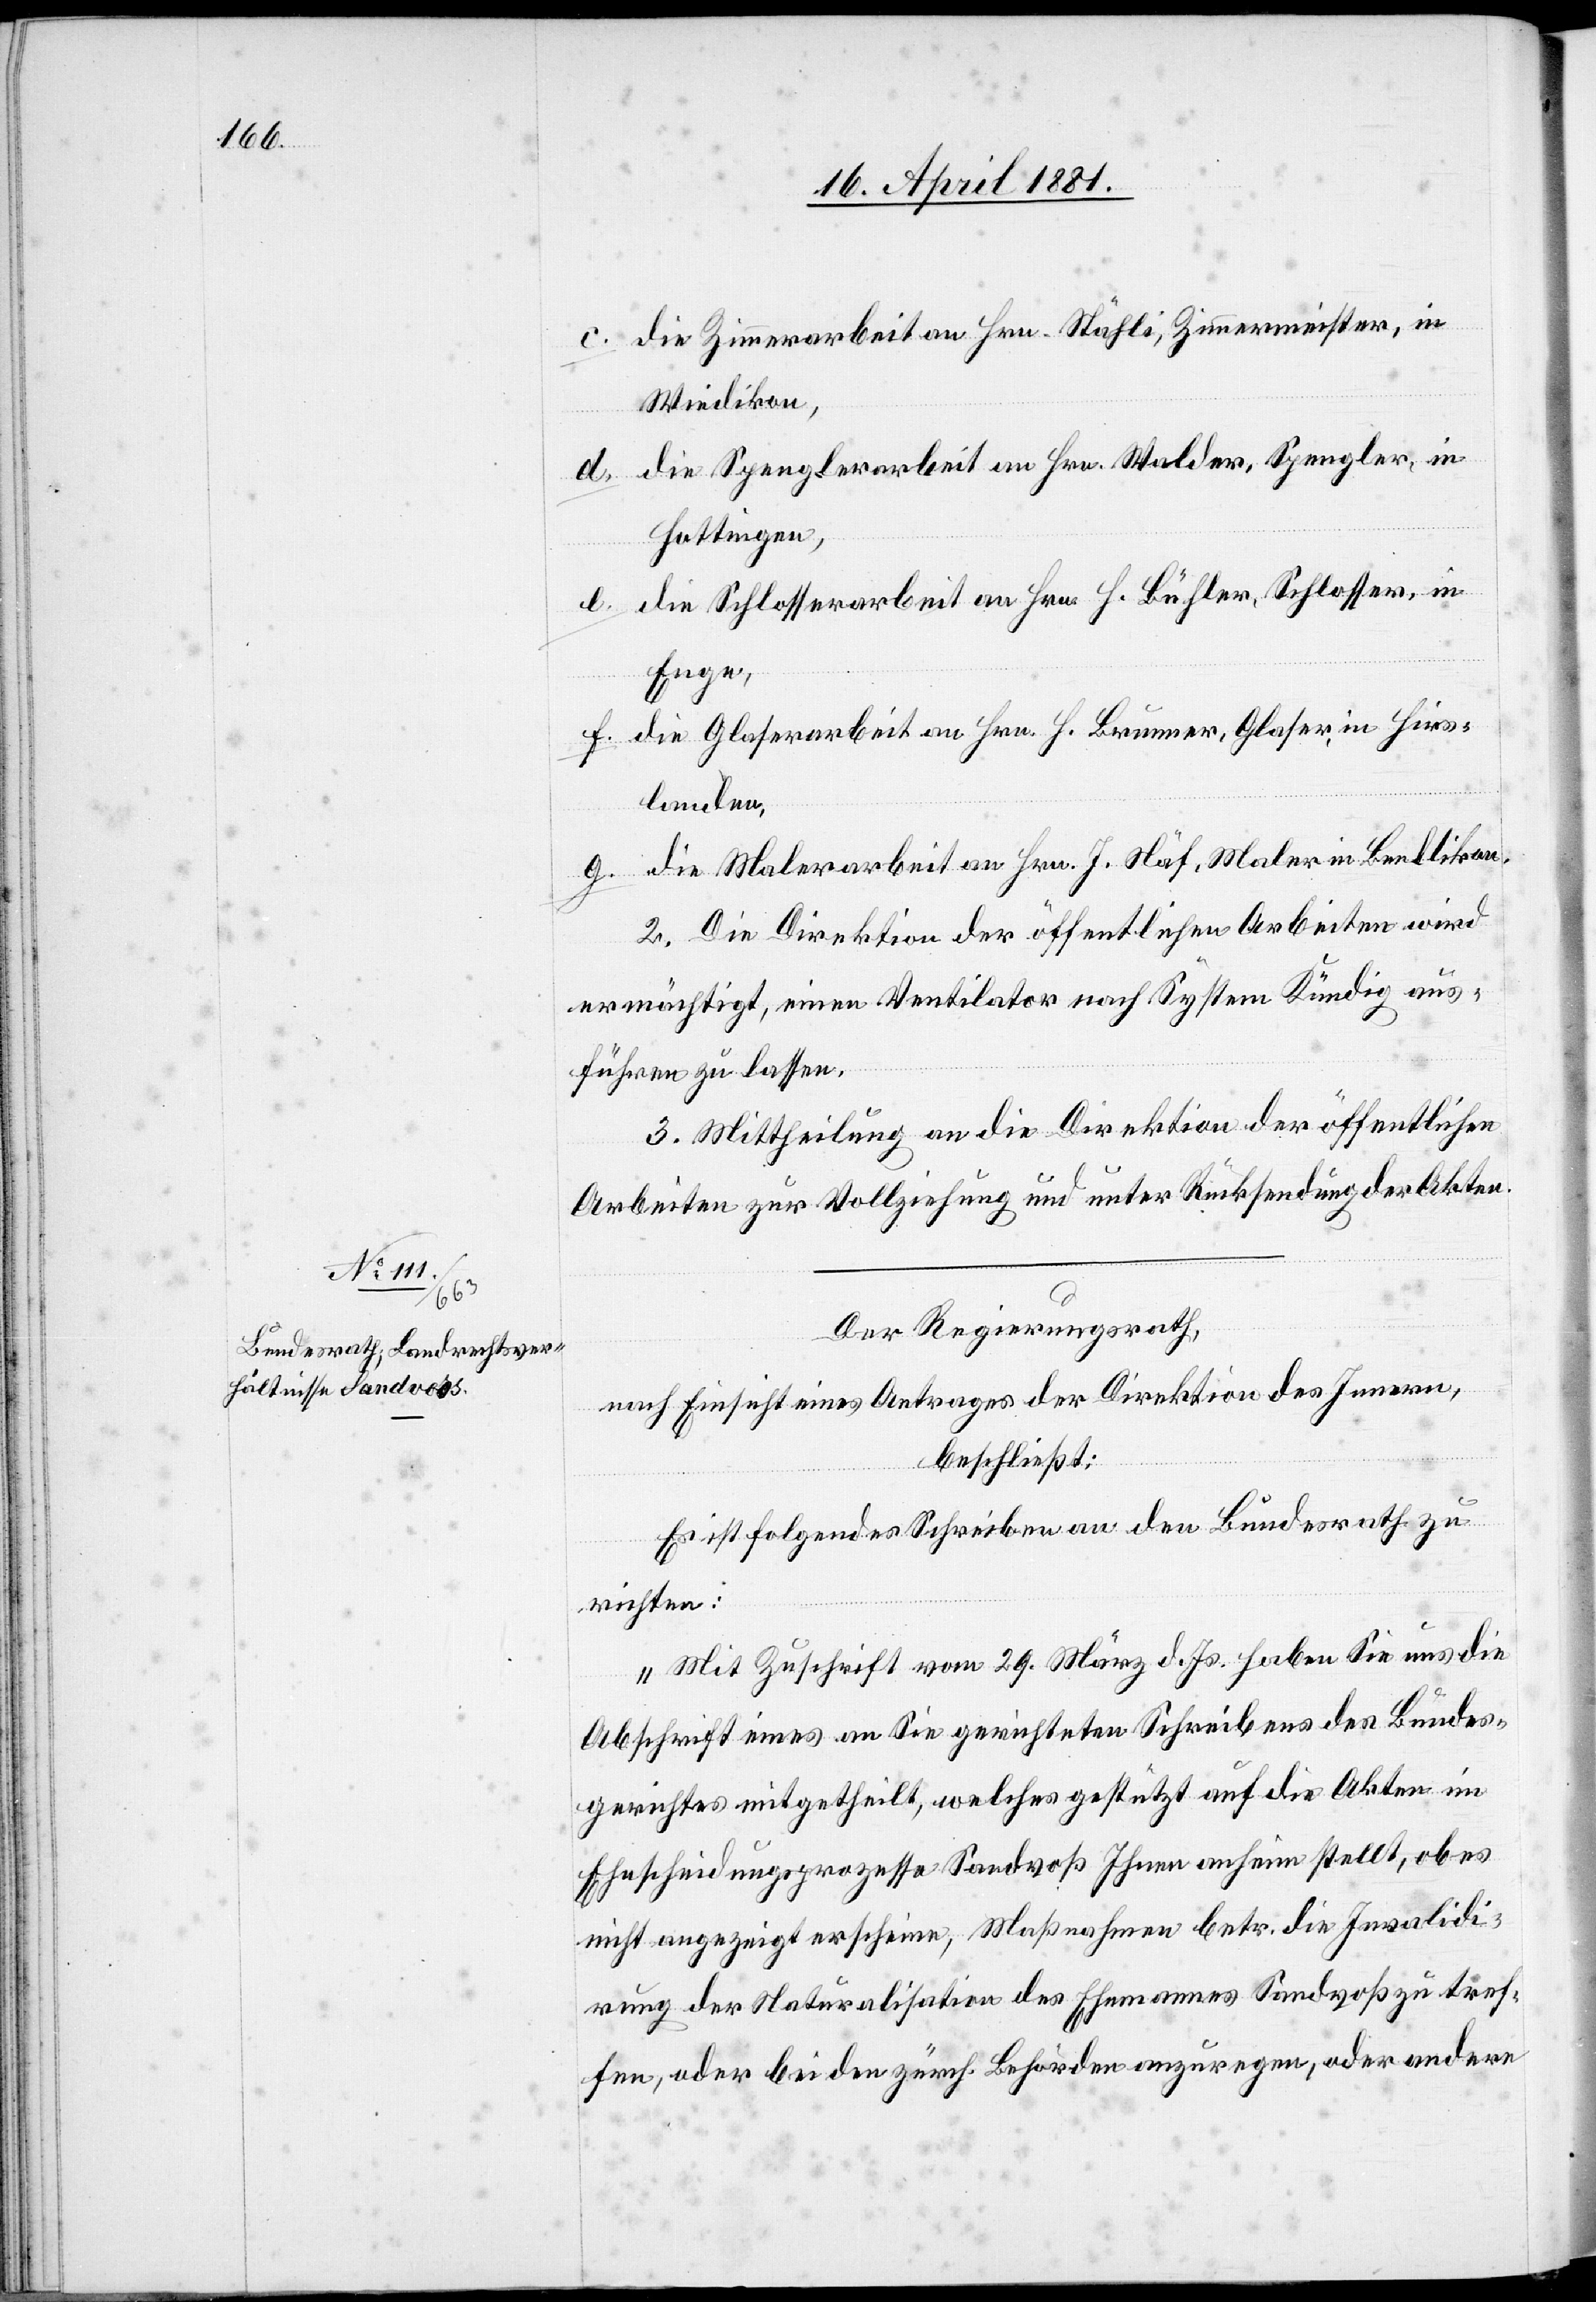
c. die Zimmerarbeit an Hrn. Stähli, Zimmermeister, in
Wiedikon,
d. die Spenglerarbeit an Hrn. Walder, Spengler, in
Hottingen,
e. die Schlosserarbeit an Hrn. H. Bühler, Schlosser, in
Enge,
f. die Glaserarbeit an Hrn. H. Brunner, Glaser, in Hirs¬
landen,
g. die Malerarbeit an Hrn. J. Näf, Maler in Bendlikon,
2. Die Direktion öffentlichen Arbeiten wird
ermächtigt, einen Ventilator nach System Kündig aus¬
führen zu lassen.
3. Mittheilung an die Direktion öffentlichen
Arbeiten zur Vollziehung und unter Rücksendung der Akten.
Der Regierungsrath,
nach Einsicht eines Antrages der Direktion des Innern,
beschließt:
Es ist folgendes Schreiben an den Bundesrath zu
richten:
„Mit Zuschrift vom 29. März d. Js. haben Sie uns die
Abschrift eines an Sie gerichteten Schreibens des Bundes¬
gerichtes mitgetheilt, welches gestützt auf die Akten im
Ehescheidungsprozesse Sandvoß [sic!] Ihnen anheim stellt, ob es
nicht angezeigt erscheine, Maßnahmen betr. die Invalidi¬
rung der Naturalisation des Ehemannes Sandvoß zu tref¬
fen, oder bei den zürch. Behörden anzuregen, oder andere